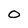
Character: 0